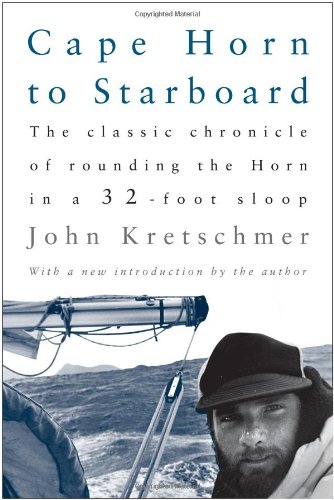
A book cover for Cape Horn to Starboard; John Kretschmer; Travel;